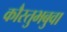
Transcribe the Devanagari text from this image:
कौस्तुभबुवा